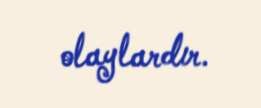
olaylardır.